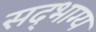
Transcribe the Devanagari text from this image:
सद्‌भाग्य